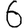
Digit: 6